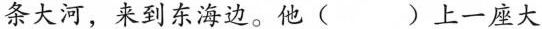
条大河，来到东海边。他( )上一座大